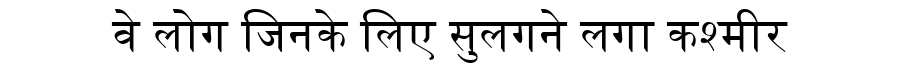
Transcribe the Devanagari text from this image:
वे लोग जिनके लिए सुलगने लगा कश्मीर